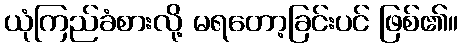
ယုံကြည်ခံစားလို့ မရတော့ခြင်းပင် ဖြစ်၏။